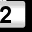
Digit: 2